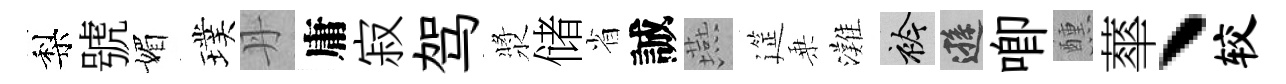
梨號媚璞丹庸寂驾漿储省誠燕筵乗灘衿遜唧醺蕐丶较